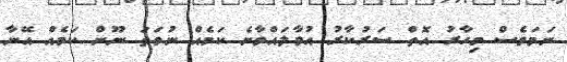
ނަމަވެސް މިހާރު އޮތް ސަރުކާރު އުވާލައްވާނެ ކަމެއް ނުވަތަ ނޫން ކަމެއް އޭނާ